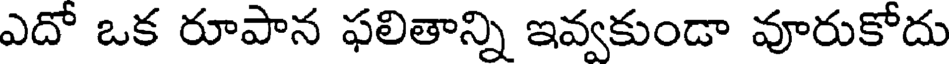
ఎదో ఒక రూపాన ఫలితాన్ని ఇవ్వకుండా వూరుకోదు